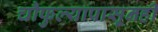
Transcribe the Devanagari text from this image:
चौफुल्यापासूनही